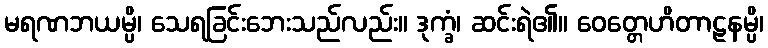
မရဏဘယမ္ပိ၊ သေရခြင်းဘေးသည်လည်း။ ဒုက္ခံ၊ ဆင်းရဲ၏။ ဝေတ္တေဟိတာဠနမ္ပိ၊